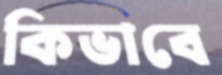
কিভাবে